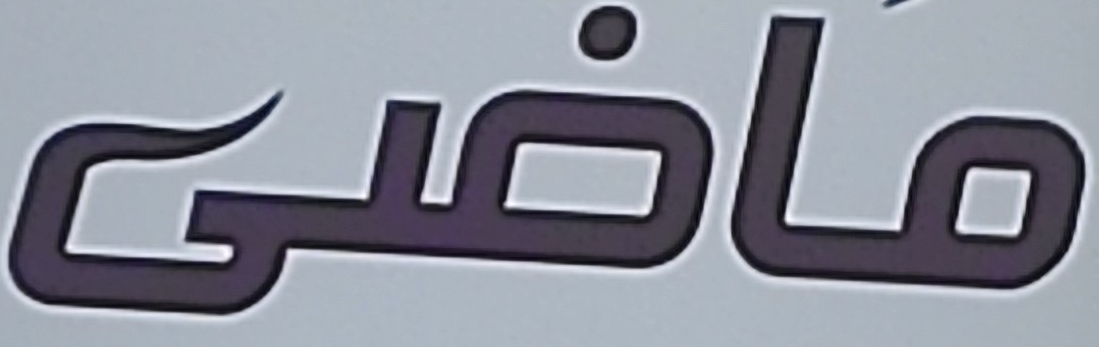
ماضي